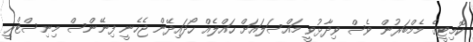
ކޮމިޓީގެ މެމްބަރުން ވެސް ވިދާޅުވީ މައްސަލައަށް ހައްލެއް ހޯދައިދޭން ޖެހެނީ ފިނޭންސް މިނިސްޓްރީ